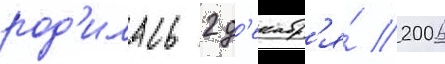
род'илась 2 д'екабр'я́ 2006